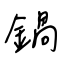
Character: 鍋